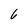
Character: 6